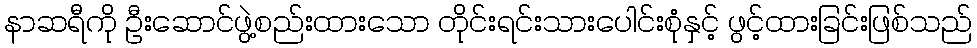
နာဆရီကို ဦးဆောင်ဖွဲ့စည်းထားသော တိုင်းရင်းသားပေါင်းစုံနှင့် ဖွင့်ထားခြင်းဖြစ်သည်